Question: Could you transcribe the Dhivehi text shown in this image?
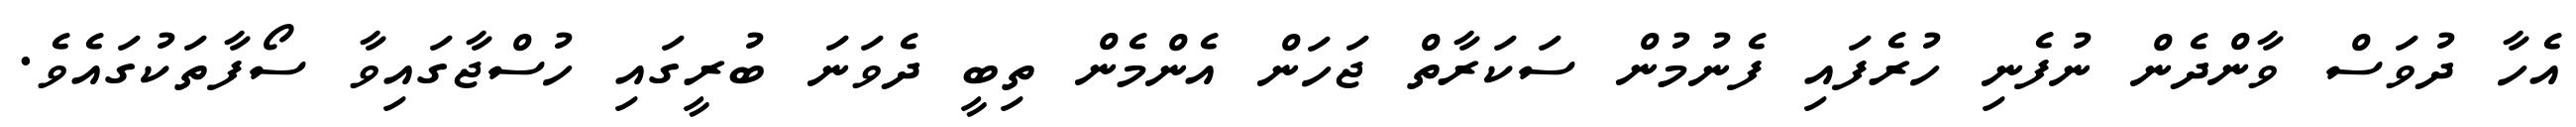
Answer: އެހާ ދުވަސް ވާންދެން ނުފެނި ހުރެފައި ފެނުމުން ސަކަރާތް ޖަހަން އެންމެން ތިބީ ދެވަނަ ބުރީގައި ހުސްޖާގައިވާ ސޯފާތަކުގައެވެ.